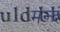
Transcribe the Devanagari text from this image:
मन्दं